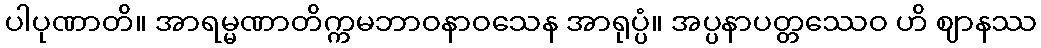
ပါပုဏာတိ။ အာရမ္မဏာတိက္ကမဘာဝနာဝသေန အာရုပ္ပံ။ အပ္ပနာပတ္တဿေဝ ဟိ ဈာနဿ